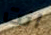
انت